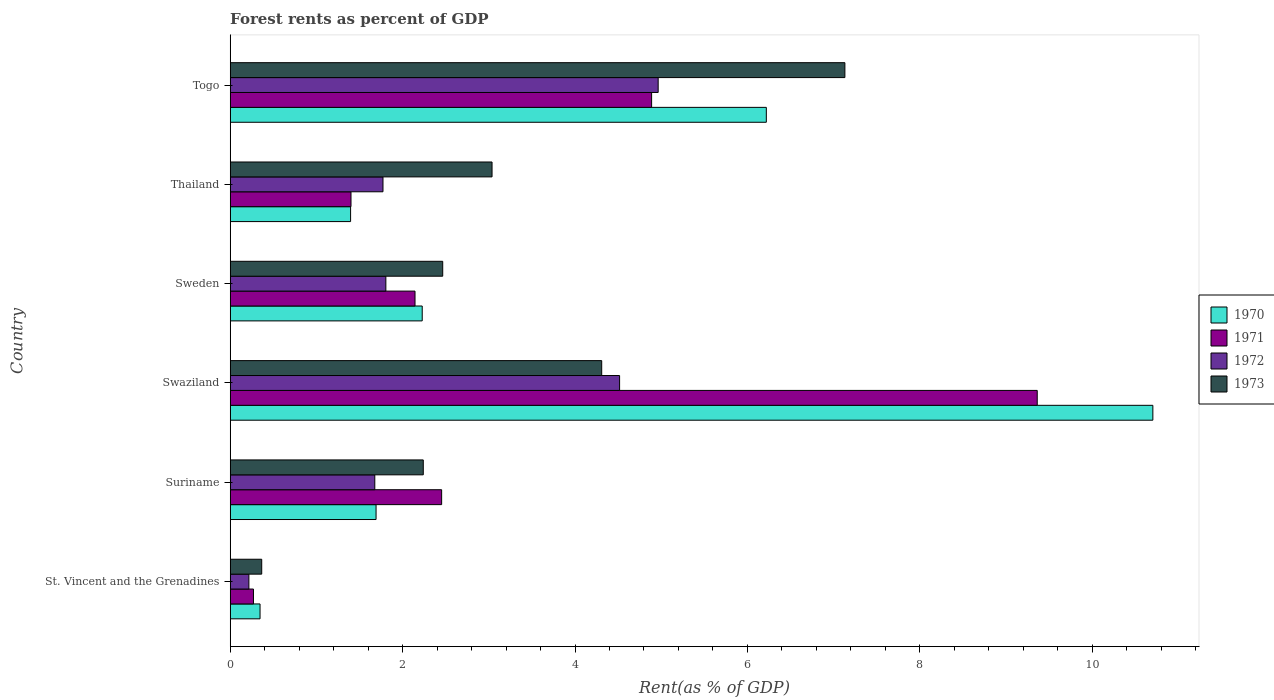
| Country | 1970 | 1971 | 1972 | 1973 |
 | --- | --- | --- | --- | --- |
 | St. Vincent and the Grenadines | 0.346 | 0.27 | 0.217 | 0.366 |
 | Suriname | 1.69 | 2.45 | 1.68 | 2.24 |
 | Swaziland | 10.7 | 9.36 | 4.52 | 4.31 |
 | Sweden | 2.23 | 2.14 | 1.81 | 2.47 |
 | Thailand | 1.4 | 1.4 | 1.77 | 3.04 |
 | Togo | 6.22 | 4.89 | 4.96 | 7.13 |